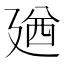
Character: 𪪰